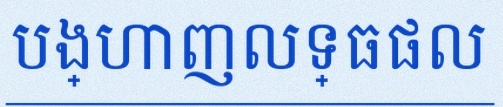
បង្ហាញលទ្ធផល